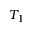
T _ { 1 }